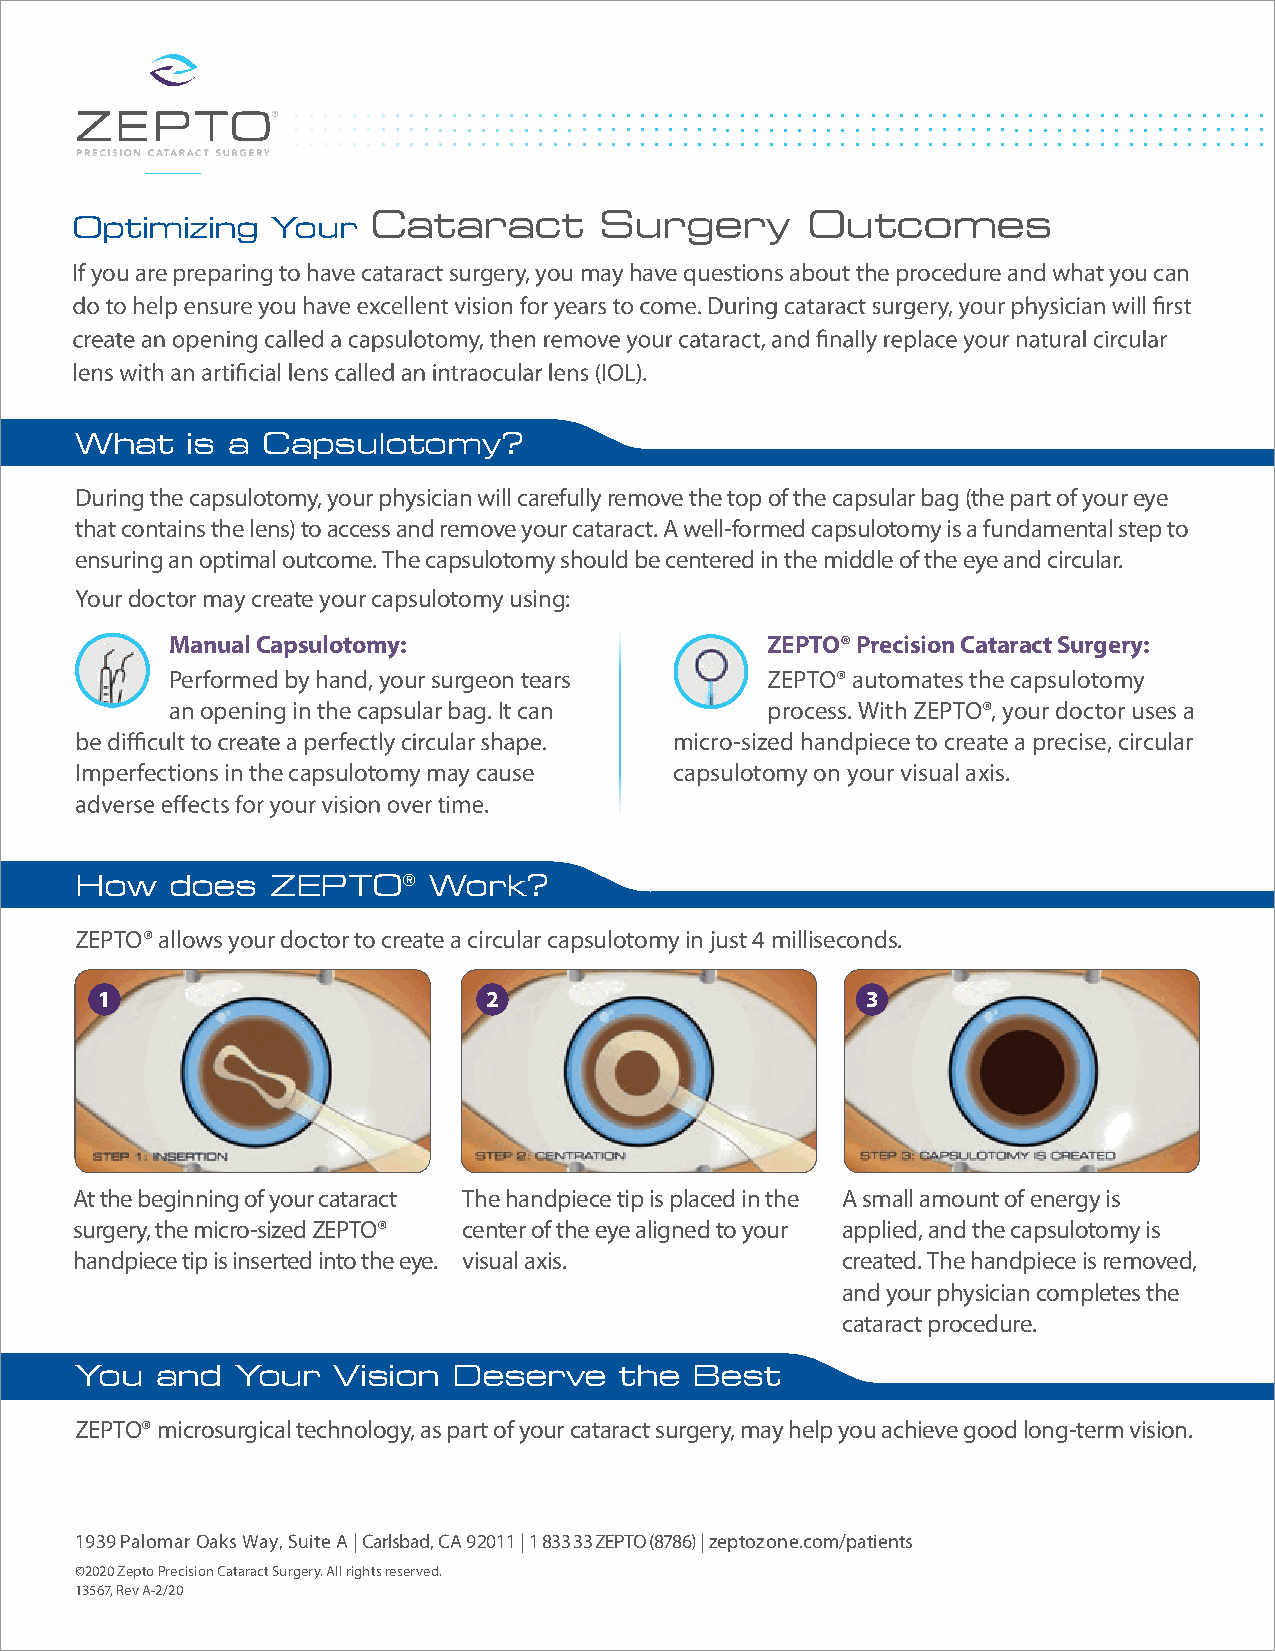
Cataract        Surgery      Outcomes
 Optimizing   Your
 If you are preparing to have cataract surgery, you may have questions about the procedure and what you can
 What   is a Capsulotomy?
 During the capsulotomy, your physician will carefully remove the top of the capsular bag (the part of your eye
 that contains the lens) to access and remove your cataract. A well-formed capsulotomy is a fundamental step to
 ensuring an optimal outcome. The capsulotomy should be centered in the middle of the eye and circular.
 Your doctor may create your capsulotomy using:
 Manual Capsulotomy:                     ZEPTO® Precision Cataract Surgery:
 Performed by hand, your surgeon tears   ZEPTO® automates the capsulotomy
 an opening in the capsular bag. It can  process. With ZEPTO®, your doctor uses a
 micro-sized handpiece to create a precise, circular
 Imperfections in the capsulotomy may cause capsulotomy on your visual axis.
 How   does   ZEPTO®    Work?
 ZEPTO® allows your doctor to create a circular capsulotomy in just 4 milliseconds.
 1                         2                        3
 At the beginning of your cataract The handpiece tip is placed in the A small amount of energy is
 surgery, the micro-sized ZEPTO® center of the eye aligned to your applied, and the capsulotomy is
 handpiece tip is inserted into the eye. visual axis. created. The handpiece is removed,
 and your physician completes the
 cataract procedure.
 You  and   Your  Vision  Deserve    the  Best
 ZEPTO® microsurgical technology, as part of your cataract surgery, may help you achieve good long-term vision.
 1939 Palomar Oaks Way, Suite A | Carlsbad, CA 92011 | 1 833 33 ZEPTO (8786) | zeptozone.com/patients
 ©2020 Zepto Precision Cataract Surgery. All rights reserved.
 13567, Rev A-2/20